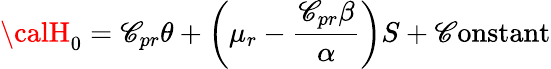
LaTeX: {\calH}_{0}=\mathscr{C}_{pr}\theta+\left(\mu_{r}-\frac{{\mathscr{C}_{pr}\beta}}{{\alpha}}\right)S+\mathrm{{\mathscr{C}onstant}}